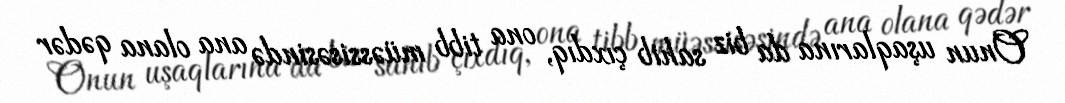
Onun uşaqlarına da biz sahib çıxdıq, ona tibb müəssisəsində ana olana qədər